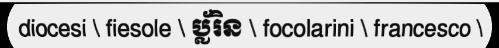
diocesi \ fiesole \ ប្ល័រិន \ focolarini \ francesco \